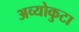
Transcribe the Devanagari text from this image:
अव्योकुटा